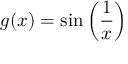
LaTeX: g ( x ) = \sin \left( { \frac { 1 } { x } } \right)